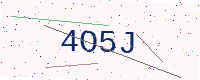
Text: 4O5J